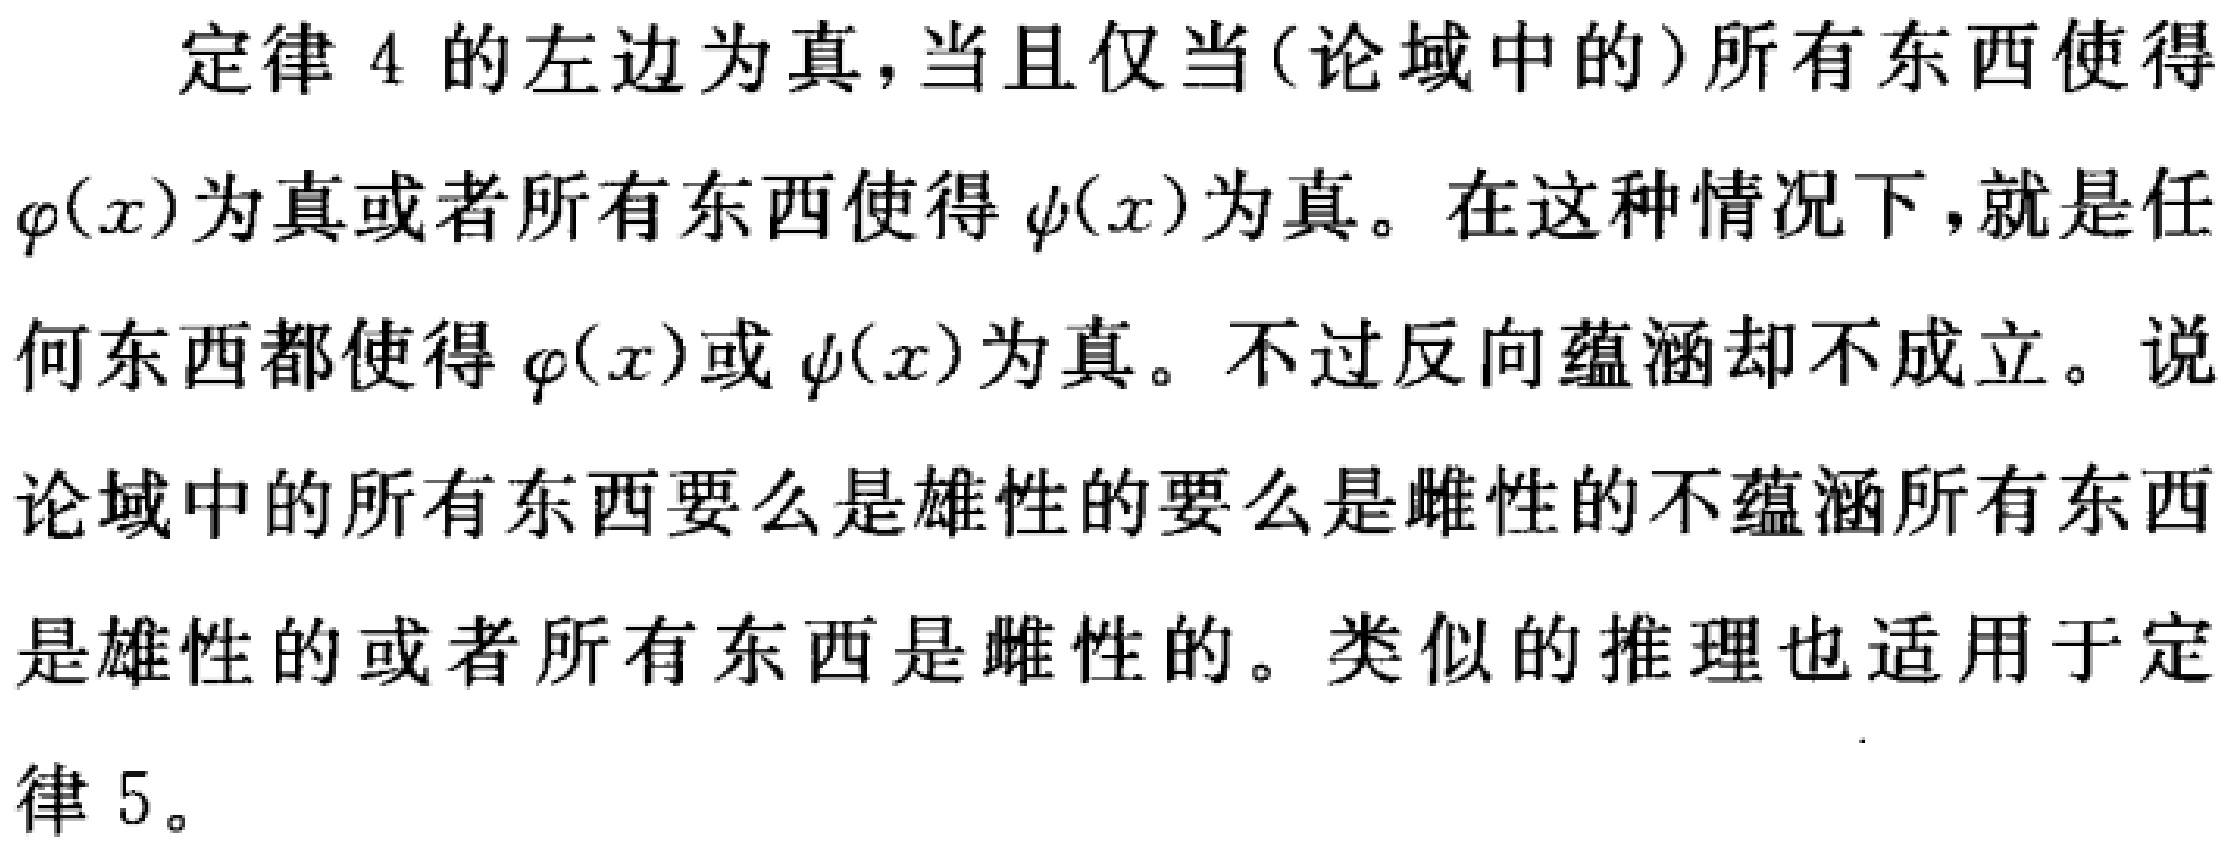
定律 4 的左边为真,当且仅当(论域中的)所有东西使得$\varphi(x)$为真或者所有东西使得$\psi(x)$为真。在这种情况下,就是任何东西都使得$\varphi(x)$或$\psi(x)$为真。不过反向蕴涵却不成立。说论域中的所有东西要么是雄性的要么是雌性的不蕴涵所有东西是雄性的或者所有东西是雌性的。类似的推理也适用于定律 5。